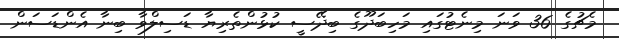
މެޗުގެ 36 ވަނަ މިނެޓުގައި މަހިބަދޫގެ ބިދޭސީ ކުޅުންތެރިޔާ ޑަސިލްވާ ބިނާ އެންޑަސަން